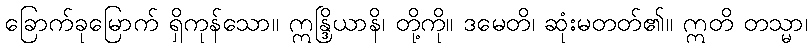
ခြောက်ခုမြောက် ရှိကုန်သော။ ဣန္ဒြိယာနိ၊ တို့ကို။ ဒမေတိ၊ ဆုံးမတတ်၏။ ဣတိ တသ္မာ၊